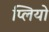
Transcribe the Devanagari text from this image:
प्लियो